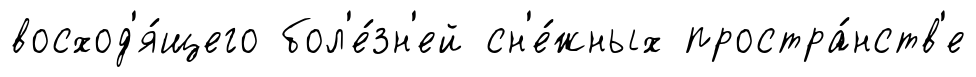
восход'я́щего бол'е́зн'ей сн'е́жных простра́нств'е